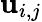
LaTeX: \mathbf{u}_{i,j}